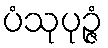
ပံသုပုဉ္ဇံ